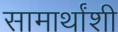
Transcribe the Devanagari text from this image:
सामार्थांशी